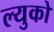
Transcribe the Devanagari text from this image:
ल्युको